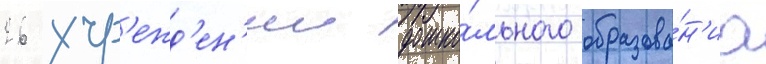
26 учр'ежд'ен'ии дошко́льного образова́н'иа